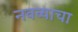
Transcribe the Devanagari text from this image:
नवव्याचा